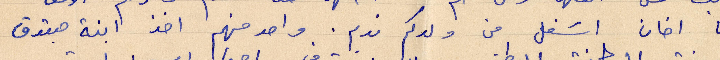
لها اخان اشغل من ولدكم ندم. واحد منهم اخذ ابنة حبقوق